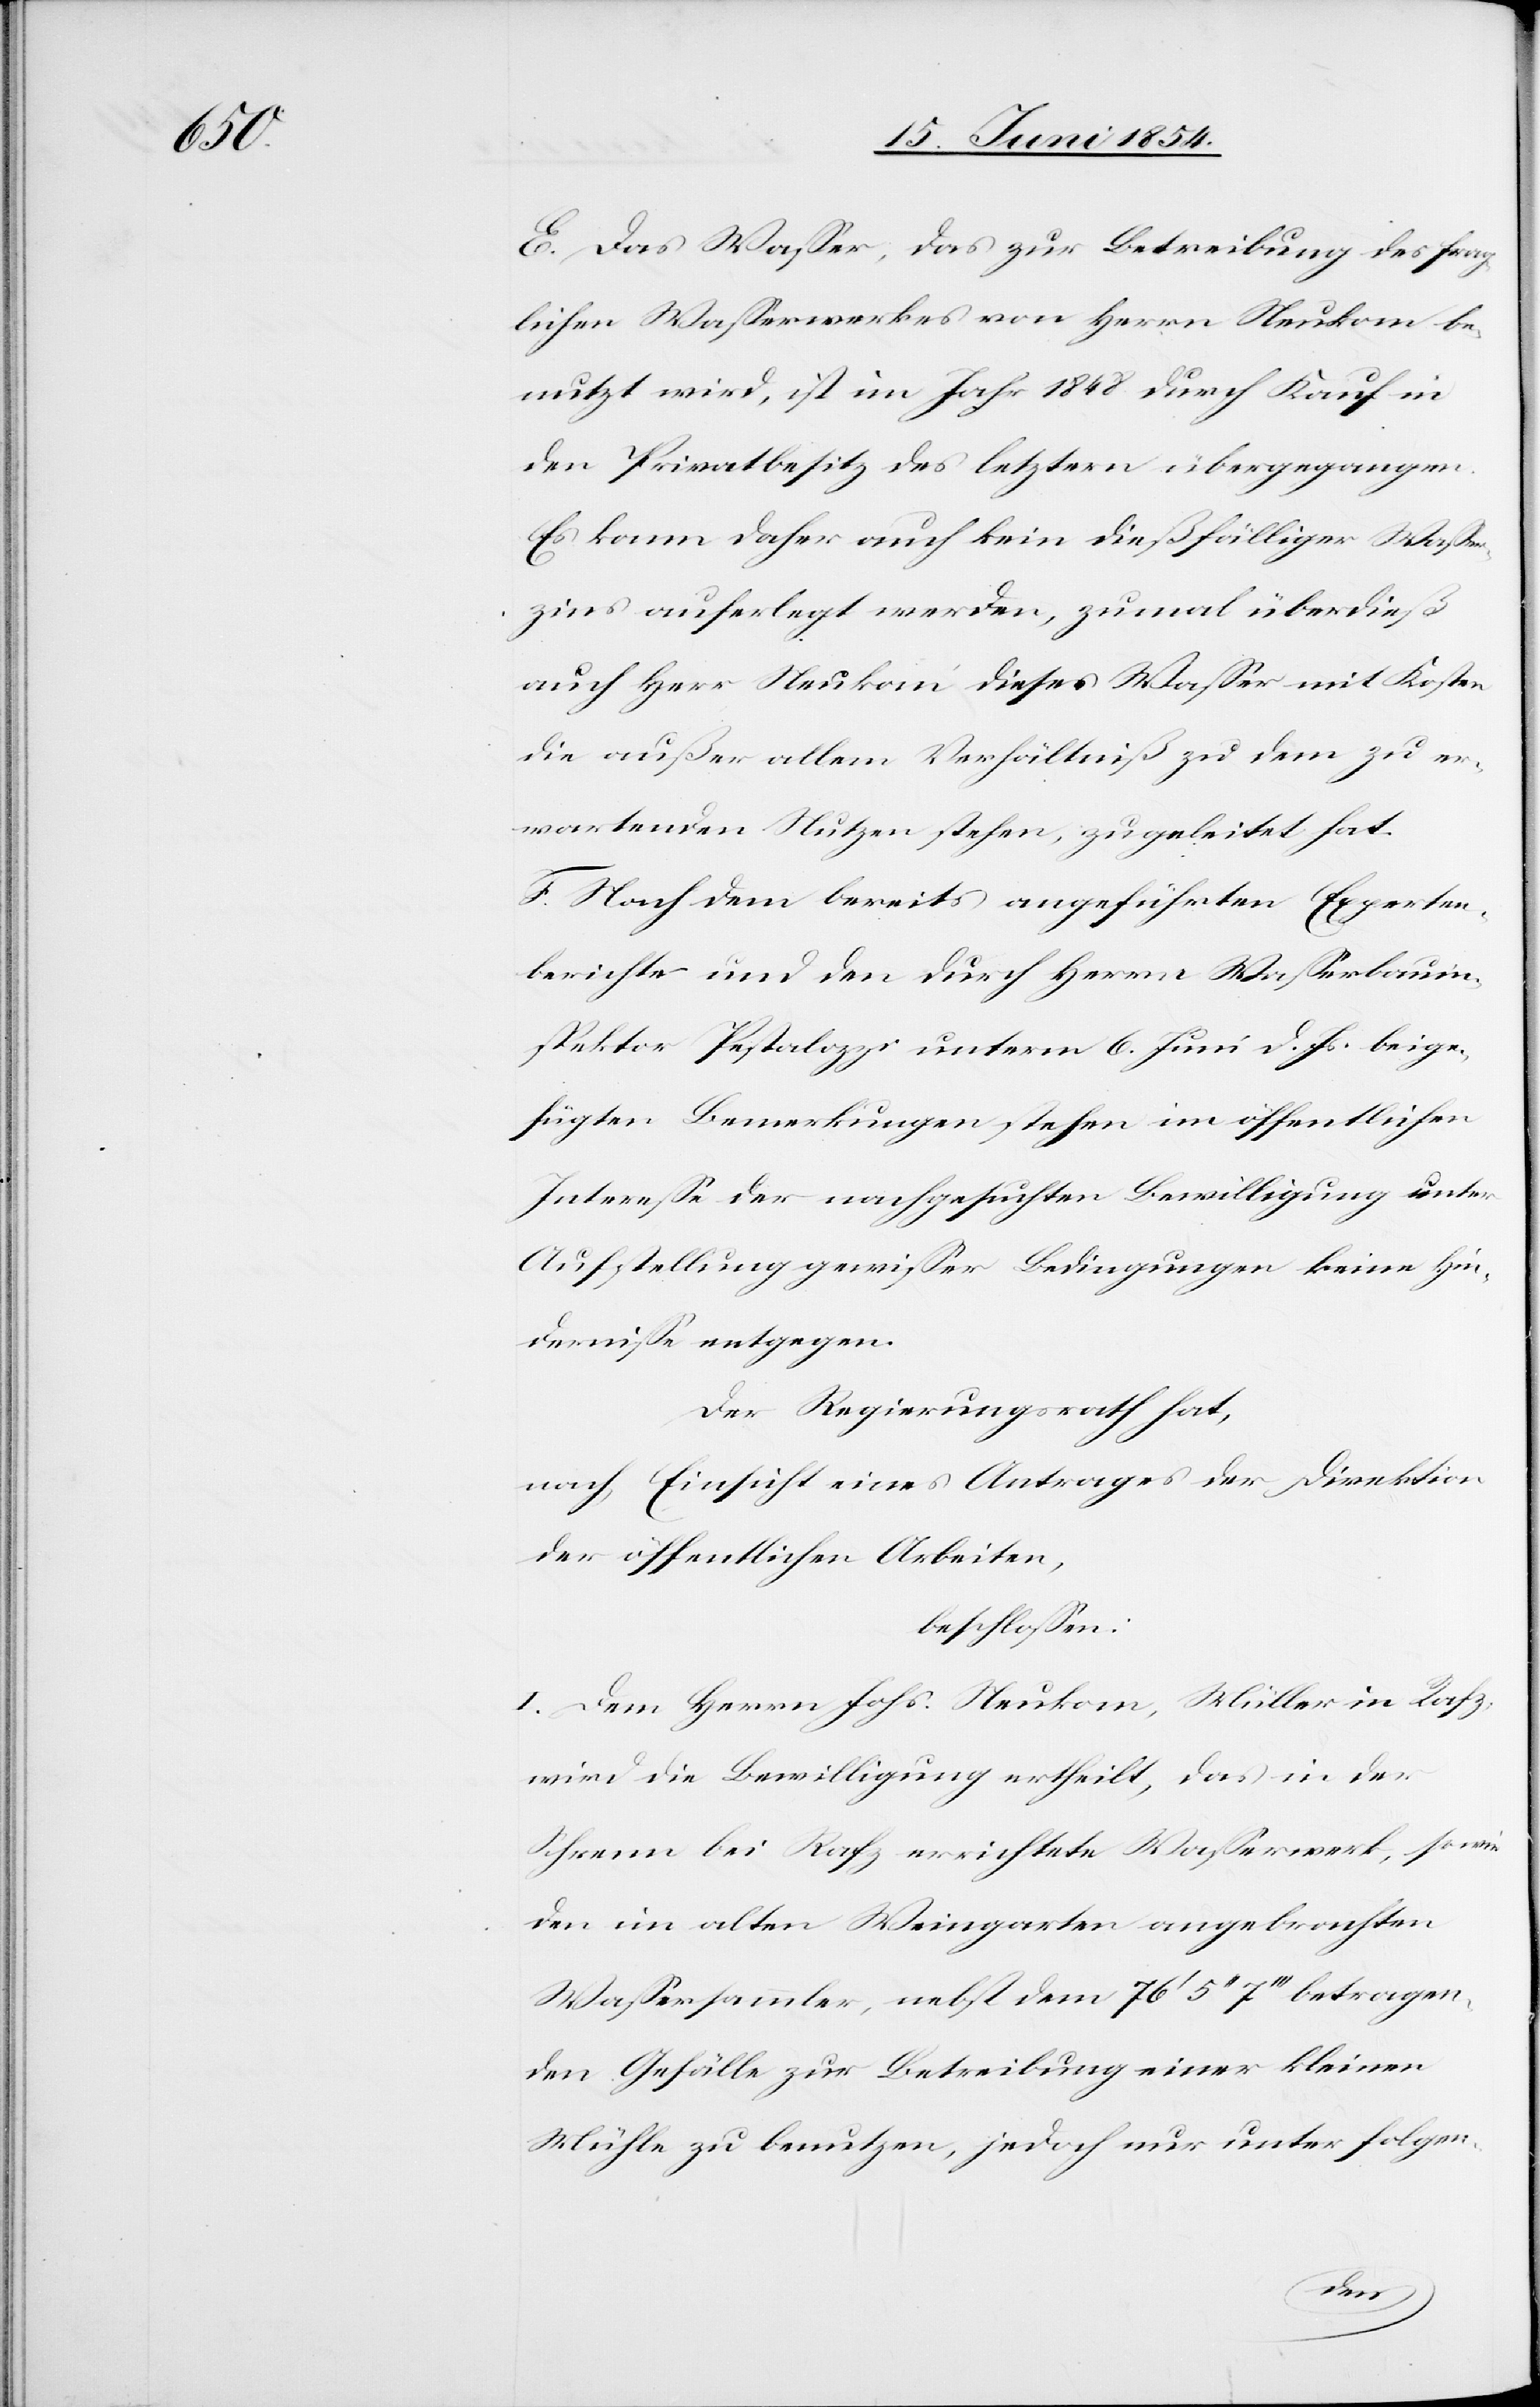
E. Das Waßer, das zur Betreibung des frag¬
lichen Waßerwerkes von Herrn Neukom be¬
nutzt wird, ist im Jahr 1848 durch Kauf in
den Privatbesitz des letztern übergegangen.
Es kann daher auch kein dießfälliger Waßer¬
zins auferlegt werden, zumal überdieß
auch Herr Neukom dieses Waßer mit Kosten
die außer allem Verhältniß zu dem zu er¬
wartenden Nutzen stehen, zugeleitet hat.
F. Nach dem bereits angeführten Experten¬
berichte und den durch Herrn Waßerbauin¬
spektor Pestalozzi unterm 6. Juni d. Js. beige¬
fügten Bemerkungen stehen im öffentlichen
Intereße der nachgesuchten Bewilligung unter
Aufstellung gewißer Bedingungen keine Hin¬
derniße entgegen.
Der Regierungsrath hat,
nach Einsicht eines Antrages der Direktion
der öffentlichen Arbeiten,
beschloßen:
I. Dem Herrn Johs. Neukom, Müller in Rafz,
wird die Bewilligung ertheilt, das in der
Schrenn bei Rafz errichtete Waßerwerk, sowie
den im alten Weingarten angebrachten
Waßersammler, nebst dem 76‘ 5‘‘ 7‘‘‘ betragen¬
den Gefälle zur Betreibung einer kleinen
Mühle zu benutzen, jedoch nur unter folgen-